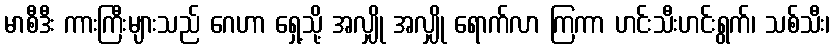
မာစီဒီး ကားကြီးများသည် ဂေဟာ ရှေ့သို့ အလျှို အလျှို ရောက်လာ ကြကာ ဟင်းသီးဟင်းရွက်၊ သစ်သီး၊